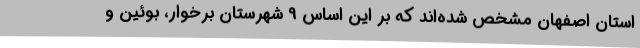
استان اصفهان مشخص شده‌اند که بر این اساس 9 شهرستان برخوار، بوئین و